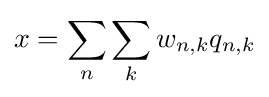
x=\sum _{n}\sum _{k}w_{n,k}q_{n,k}